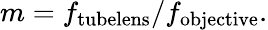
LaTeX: m=f_{\mathrm{tubelens}}/f_{\mathrm{objective}}.